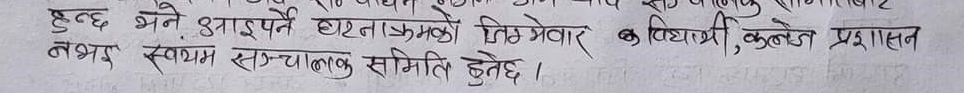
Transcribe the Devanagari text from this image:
हुँद भने आइपर्ने घटनाक्रमको जिम्मेवार क विद्यार्थी, कलेज प्रशासन नभइ स्वयं सञ्चालक समिति हुनेछ ।